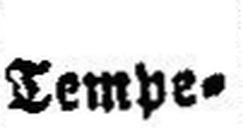
Tempe¬